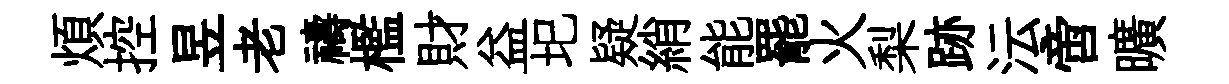
煩控昱老禱檻財益圯疑綃能罷火梨跡沄啻曠